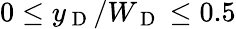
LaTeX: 0\leq y_{\mathrm{~D~}}/W_{\mathrm{~D~}}\leq 0.5